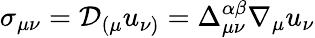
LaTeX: \sigma_{\mu\nu}=\mathcal{D}_{(\mu}u_{\nu)}=\Delta_{\mu\nu}^{\alpha\beta}\nabla_{\mu}u_{\nu}